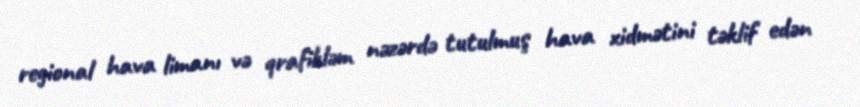
regional hava limanı və qrafikləm nəzərdə tutulmuş hava xidmətini təklif edən